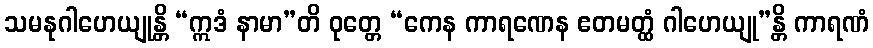
သမနုဂါဟေယျုန္တိ “ဣဒံ နာမာ”တိ ဝုတ္တေ “ကေန ကာရဏေန ဧတမတ္ထံ ဂါဟေယျု”န္တိ ကာရဏံ